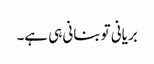
بریانی تو بنانی ہی ہے۔